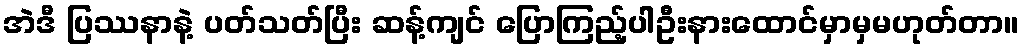
အဲဒီ ပြဿနာနဲ့ ပတ်သတ်ပြီး ဆန့်ကျင် ပြောကြည့်ပါဦးနားထောင်မှာမှမဟုတ်တာ။